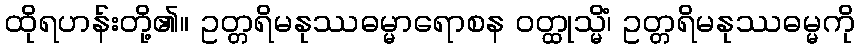
ထိုရဟန်းတို့၏။ ဥတ္တရိမနုဿဓမ္မာရောစန ဝတ္ထုသ္မိံ၊ ဥတ္တရိမနုဿဓမ္မကို